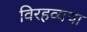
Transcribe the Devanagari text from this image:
विरहव्यथा